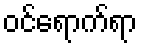
ဝင်ရောက်ရာ